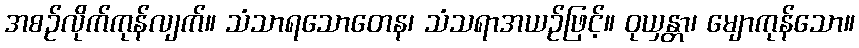
အစဉ်လိုက်ကုန်လျက်။ သံသာရသောတေန၊ သံသရာအယဉ်ဖြင့်။ ဝုယှန္တာ၊ မျောကုန်သော။